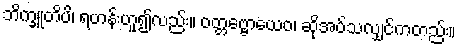
ဘိက္ခူတိပိ၊ ရဟန်းဟူ၍လည်း။ ဝတ္တဗ္ဗောယေဝ၊ ဆိုအပ်သလျှင်ကတည်း။